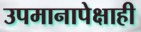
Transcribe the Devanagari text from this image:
उपमानापेक्षाही